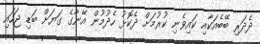
ދެދަރި ބޭބެއަކާއި ކައިވެނި ކުރުމަށް ދެކޮޅު ހެދުމުން އޭނާގެ ގަޔަށް ބަޑި ޖަހައި